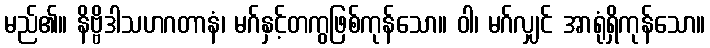
မည်၏။ နိဗ္ဗိဒါသဟဂတာနံ၊ မဂ်နှင့်တကွဖြစ်ကုန်သော။ ဝါ၊ မဂ်လျှင် အာရုံရှိကုန်သော။